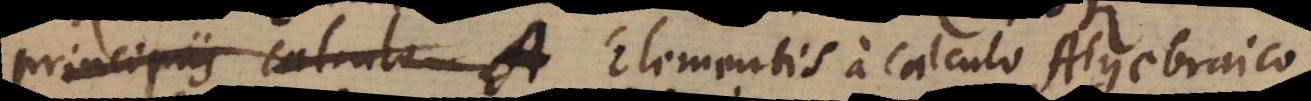
principiis calculum A Elementis a calculo Algebraico